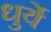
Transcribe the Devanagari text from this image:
धुर्ये